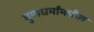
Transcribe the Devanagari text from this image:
गुणधर्मांमधील